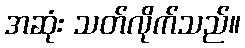
အဆုံး သတ်လိုက်သည်။